Indian journal of veterinary science and animal husbandry - Volumes 18-21, 1948-1951
Year: 1948
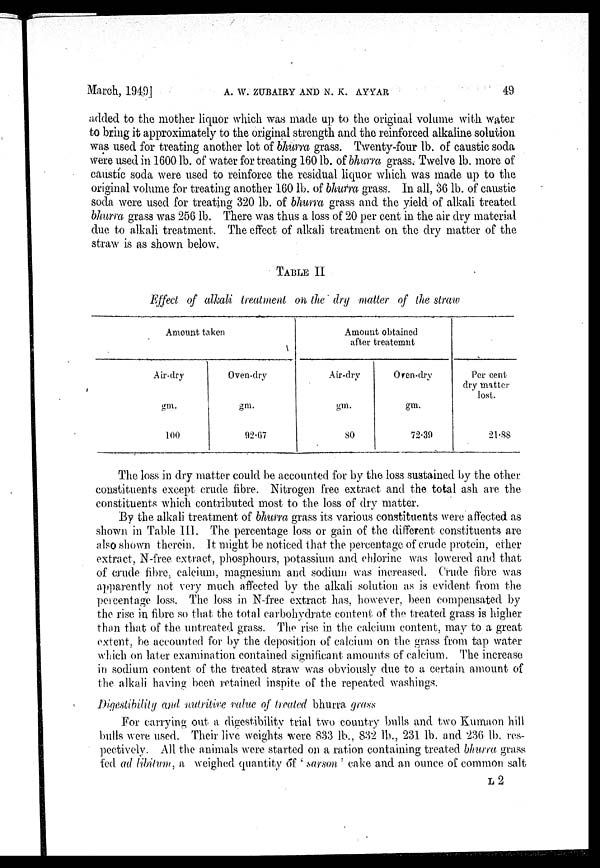
March,
1949]
A.
W.
ZUBAIRY
AND
N.
K.
AYYAR
49
added to the mother liquor which was made up to the original volume with water
to bring it approximately to the original strength and the reinforced alkaline solution
was used for treating another lot of bhurra grass. Twenty-four lb. of caustic soda
were used in 1600 lb. of water for treating 160 lb. of bhurra grass. Twelve lb. more of
caustic soda were used to reinforce the residual liquor which was made up to the
original volume for treating another 160 lb. of bhurra grass. In all, 36 lb. of caustic
soda were used for treating 320 lb. of bhurra grass and the yield of alkali treated
bhurra grass was 256 lb. There was thus a loss of 20 per cent in the air dry material
due to alkali treatment. The effect of alkali treatment on the dry matter of the
straw is as shown below.
TABLE II
Effect of alkali treatment on the dry matter of the straw
Amount taken
Air-dry
gm.
100
Oven-dry
gm.
92.07
Amount obtained
after treatemnt
Air-dry
gm.
80
Oven-dry
gm.
72.39
Per cent
dry matter
lost.
21.88
The loss in dry matter could be accounted for by the loss sustained by the other
constituents except crude fibre. Nitrogen free extract and the total ash are the
constituents which contributed most to the loss of dry matter.
By the alkali treatment of bhurra grass its various constituents were affected as
shown in Table III. The percentage loss or gain of the different constituents are
also shown therein. It might be noticed that the percentage of crude protein, ether
extract, N-free extract, phosphours, potassium and chlorine was lowered and that
of crude fibre, calcium, magnesium and sodium was increased. Crude fibre was
apparently not very much affected by the alkali solution as is evident from the
percentage loss. The loss in N-free extract has, however, been compensated by
the rise in fibre so that the total carbohydrate content of the treated grass is higher
than that of the untreated grass. The rise in the calcium content, may to a great
extent, be accounted for by the deposition of calcium on the grass from tap water
which on later examination contained significant amounts of calcium. The increase
in sodium content of the treated straw was obviously due to a certain amount of
the alkali having been retained inspite of the repeated washings.
Digestibility and nutritive value of treated bhurra grass
For carrying out a digestibility trial two country bulls and two Kumaon hill
bulls were used. Their live weights were 833 lb., 832 lb., 231 lb. and 236 lb. res-
pectively. All the animals were started on a ration containing treated bhurra grass
fed ad libitum, a weighed quantity of 'sarson' cake and an ounce of common salt
L 2